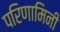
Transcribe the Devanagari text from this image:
परिणामिनी